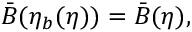
\bar { B } ( \eta _ { b } ( \eta ) ) = \bar { B } ( \eta ) ,